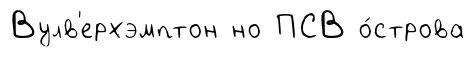
Вулв'ерхэмптон но ПСВ о́строва